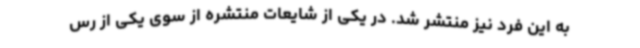
به این فرد نیز منتشر شد. در یکی از شایعات منتشره از سوی یکی از رس